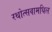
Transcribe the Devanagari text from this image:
रथोत्सवामधिल